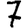
Digit: 7